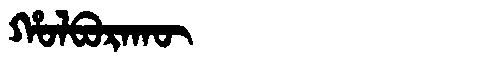
Manchu: ᡥᠣᠯᠪᠣᡵᠠᡴᡡ
Romanization: HOLBORAKŪ